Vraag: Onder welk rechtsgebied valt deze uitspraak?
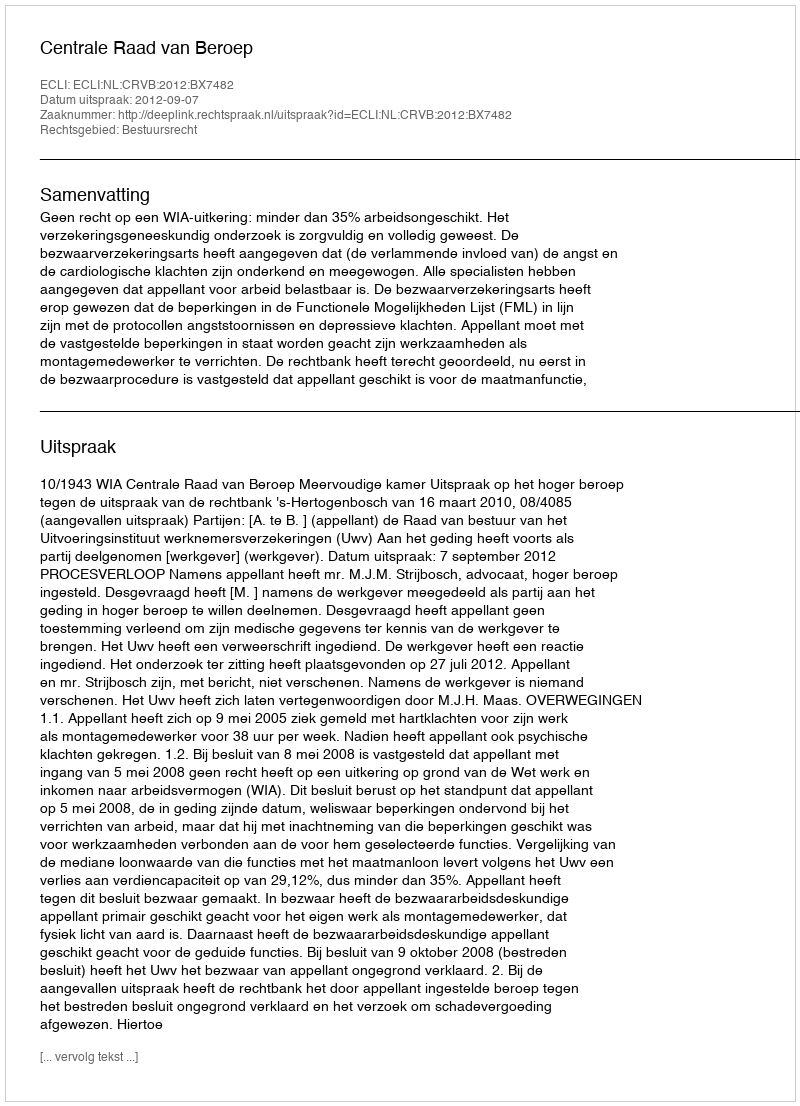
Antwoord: Bestuursrecht